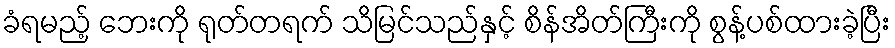
ခံရမည့် ဘေးကို ရုတ်တရက် သိမြင်သည်နှင့် စိန်အိတ်ကြီးကို စွန့်ပစ်ထားခဲ့ပြီး